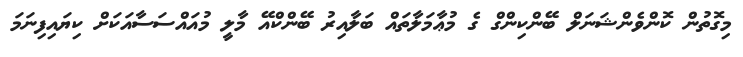
މިގޮތުން ކޮންވެންޝަނަލް ބޭންކިންގް ގެ މުޢާމަލާތައް ބަލާއިރު ބޭންކްއޭ މާލީ މުއައްސަސާއަކަށް ކިޔައިފިނަމަ